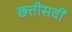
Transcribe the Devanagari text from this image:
छत्तीसवीं